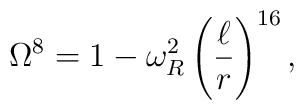
\Omega^8=1-\omega_R^2\left(\frac{\ell}{r}\right)^{16},